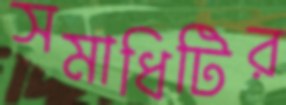
সমাধিটির